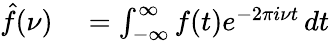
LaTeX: \begin{array}{rlrl}{{\hat{f}}(\nu)}&{{}=\int_{-\infty}^{\infty}f(t)e^{-2\pi i\nu t}\, dt}\end{array}